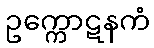
ဥက္ကောဋနကံ